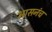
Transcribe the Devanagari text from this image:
आसनंच